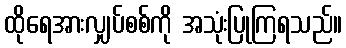
ထိုရေအားလျှပ်စစ်ကို အသုံးပြုကြရသည်။